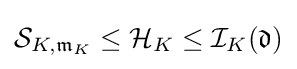
{\mathcal {S}}_{K,{\mathfrak {m}}_{K}}\leq {\mathcal {H}}_{K}\leq {\mathcal {I}}_{K}({\mathfrak {d}})